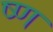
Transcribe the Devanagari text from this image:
ष्ण